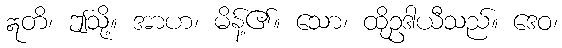
ဣတိ၊ ဤသို့။ အာဟ၊ မိန့်၏။ သော၊ ထိုဥဒါယီသည်။ ဒေဝ၊